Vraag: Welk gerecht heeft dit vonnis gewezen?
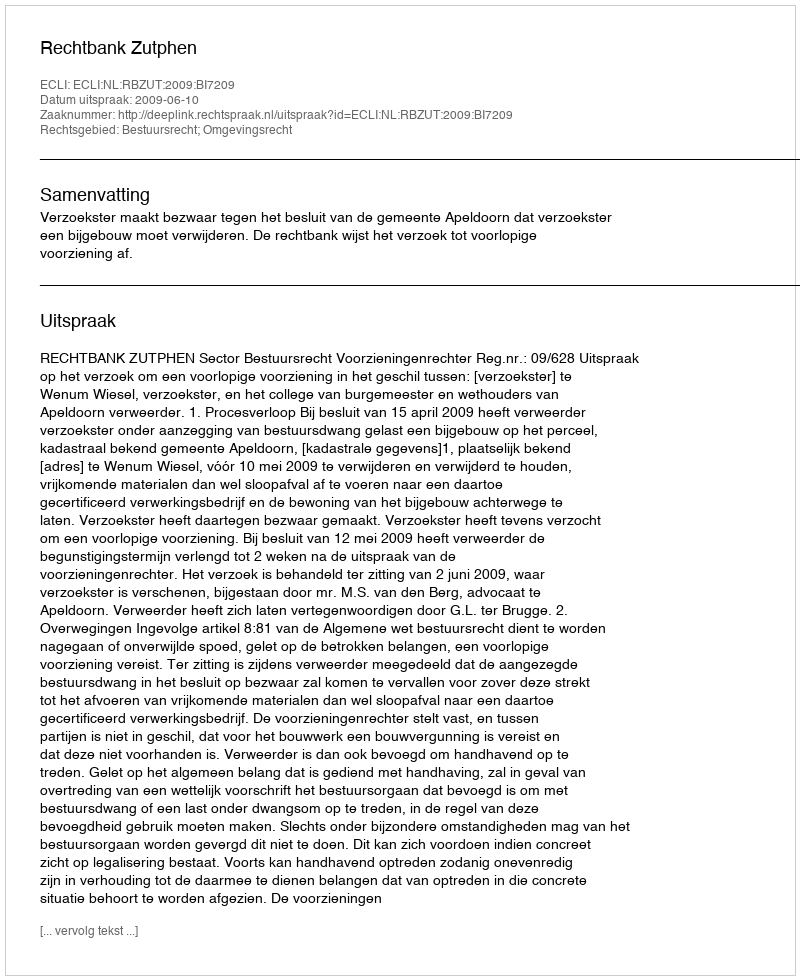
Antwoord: Rechtbank Zutphen